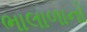
ભાલાળાનો